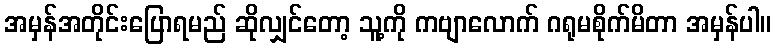
အမှန်အတိုင်းပြောရမည် ဆိုလျှင်တော့ သူ့ကို ကဗျာလောက် ဂရုမစိုက်မိတာ အမှန်ပါ။